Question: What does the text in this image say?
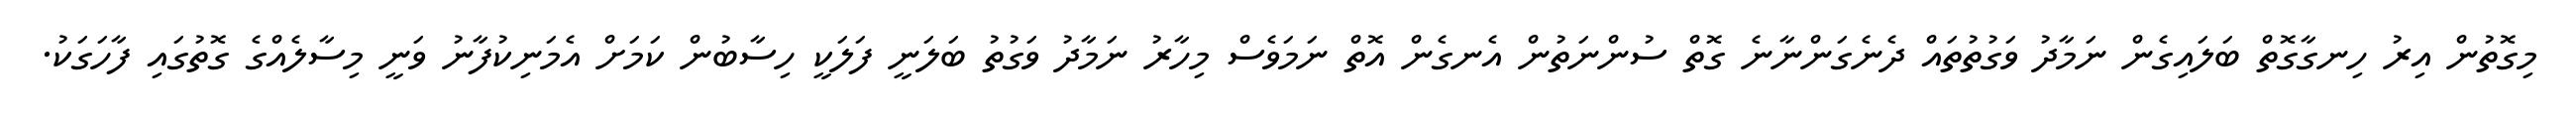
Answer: މިގޮތުން އިރު ހިނގާގޮތް ބަލައިގެން ނަމާދު ވަގުތުތައް ދެނެގަންނާނެ ގޮތް ސުންނަތުން އެނގެން އޮތް ނަމަވެސް މިހާރު ނަމާދު ވަގުތު ބަލަނީ ފަލަކީ ހިސާބުން ކަމަށް އެމަނިކުފާނު ވަނީ މިސާލެއްގެ ގޮތުގައި ފާހަގަކު.